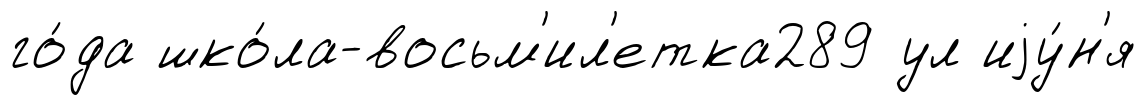
го́да шко́ла-восьм'ил'етка289 ул иjу́н'я